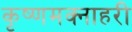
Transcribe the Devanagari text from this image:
कृष्णमक्नाहरी